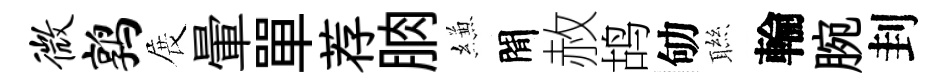
微鹑展暈單荐朒縑閒赦鸪劬聮輪腕刲